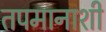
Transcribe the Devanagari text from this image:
तपमानाशी